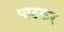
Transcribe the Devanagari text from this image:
पाठकर